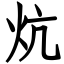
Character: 炕